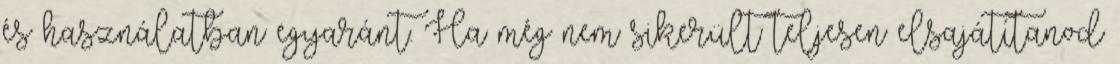
és használatban egyaránt. Ha még nem sikerült teljesen elsajátítanod